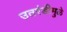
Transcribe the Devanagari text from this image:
उतरंडीमुळे